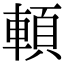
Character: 𩒷